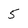
Character: 5